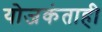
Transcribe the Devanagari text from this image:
योजकंताही